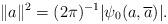
LaTeX: \begin{align*}\| a \|^2 = (2\pi)^{-1} | \psi_0( a, \overline{a} )| .\end{align*}